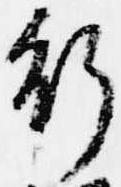
行